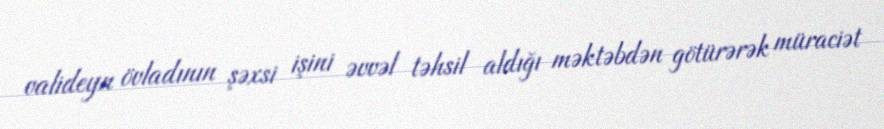
valideyn övladının şəxsi işini əvvəl təhsil aldığı məktəbdən götürərək müraciət